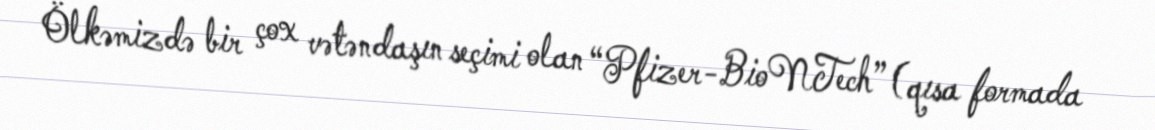
Ölkəmizdə bir çox vətəndaşın seçimi olan “Pfizer-BioNTech” (qısa formada